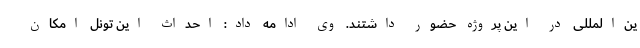
ین‌المللی در این پروژه حضور داشتند. وی ادامه داد: احداث این تونل امکان